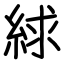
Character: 絿